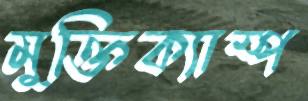
মুক্তিক্যাম্প